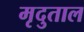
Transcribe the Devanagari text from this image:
मृदुताल